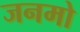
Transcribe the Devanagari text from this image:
जनमो